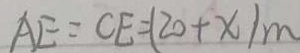
A E = C E = ( 2 0 + x ) m